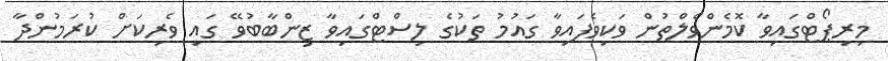
މިރިޕޯޓްގައިވާ ކޮމެންވެލްތުން ވަކިވެފައިވާ ގައުމު ތަކުގެ ލިސްޓްގައިވާ ޒިންބާބުވޭ ގައި ވެރިކަށް ކުރަމުންދާ